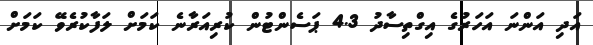
އަދި އަންނަ އަހަރުގެ އިގްތިސާދު 4.3 ޕަސެންޓުން ކުރިއަރާނެ ކަމަށް ލަފާކުރެވޭ ކަމަށް